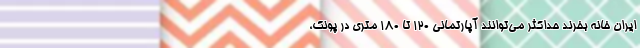
ایران خانه بخرند حداکثر می‌توانند آپارتمانی ۱۲۰ تا ۱۸۰ متری در پونک،